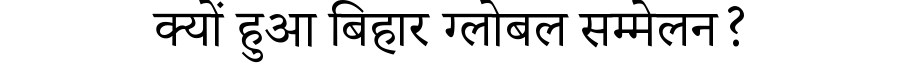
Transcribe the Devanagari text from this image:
क्यों हुआ बिहार ग्लोबल सम्मेलन?